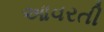
આવરતી